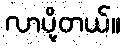
လာပို့တယ်။